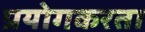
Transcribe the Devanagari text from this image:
प्रयोगकरता